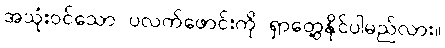
အသုံးဝင်သော ပလက်ဖောင်းကို ရှာတွေ့နိုင်ပါမည်လား။